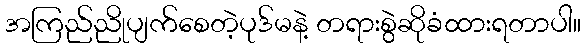
အကြည်ညိုပျက်စေတဲ့ပုဒ်မနဲ့ တရားစွဲဆိုခံထားရတာပါ။